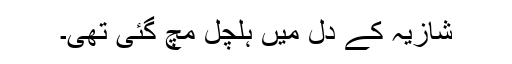
شازیہ کے دل میں ہلچل مچ گئی تھی۔